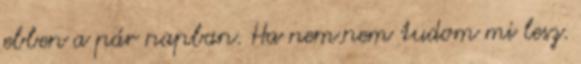
ebben a pár napban. Ha nem.nem tudom mi lesz.